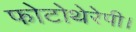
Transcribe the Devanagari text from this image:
फोटोथेरेपी।